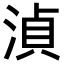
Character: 湞